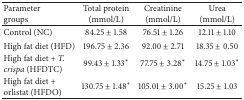
| Parametergroups | Total protein(mmol/L) | Creatinine(mmol/L) | Urea(mmol/L) |
 | --- | --- | --- | --- |
 | Control (NC) | 84.25 ± 1.58 | 76.51 ± 1.26 | 12.11 ± 1.10 |
 | High fat diet (HFD) | 196.75 ± 2.36 | 92.00 ± 2.71 | 18.35 ± 0.50 |
 | High fat diet + T. crispa (HFDTC) | 99.43 ± 1.33* | 77.75 ± 3.28* | 14.75 ± 1.03* |
 | High fat diet + orlistat (HFDO) | 130.75 ± 1.48* | 105.01 ± 3.00* | 15.25 ± 1.03 |